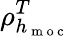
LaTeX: \rho_{h_{\mathrm{~m~o~c~}}}^{T}